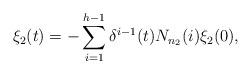
LaTeX: \begin{align*}\xi_2(t)=-\sum_{i=1}^{h-1}\delta^{i-1}(t)N_{n_2}(i)\xi_2(0),\end{align*}